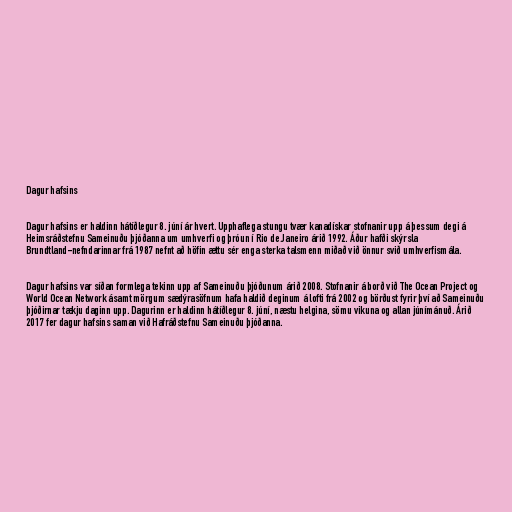
Dagur hafsins

Dagur hafsins er haldinn hátíðlegur 8. júní ár hvert. Upphaflega stungu tvær kanadískar stofnanir upp á þessum degi á
Heimsráðstefnu Sameinuðu þjóðanna um umhverfi og þróun í Rio de Janeiro árið 1992. Áður hafði skýrsla
Brundtland-nefndarinnar frá 1987 nefnt að höfin ættu sér enga sterka talsmenn miðað við önnur svið umhverfismála.

Dagur hafsins var síðan formlega tekinn upp af Sameinuðu þjóðunum árið 2008. Stofnanir á borð við The Ocean Project og
World Ocean Network ásamt mörgum sædýrasöfnum hafa haldið deginum á lofti frá 2002 og börðust fyrir því að Sameinuðu
þjóðirnar tækju daginn upp. Dagurinn er haldinn hátíðlegur 8. júní, næstu helgina, sömu vikuna og allan júnímánuð. Árið
2017 fer dagur hafsins saman við Hafráðstefnu Sameinuðu þjóðanna.